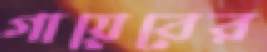
গায়েবের